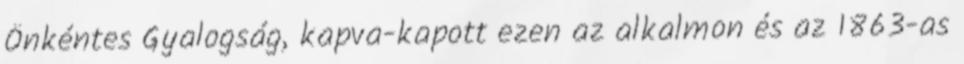
Önkéntes Gyalogság, kapva-kapott ezen az alkalmon és az 1863-as